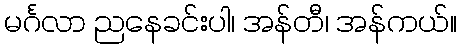
မင်္ဂလာ ညနေခင်းပါ၊ အန်တီ၊ အန်ကယ်။